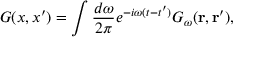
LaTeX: G ( x , x ^ { \prime } ) = \int { \frac { d \omega } { 2 \pi } } e ^ { - i \omega ( t - t ^ { \prime } ) } { \cal G } _ { \omega } ( { \bf r , r ^ { \prime } } ) ,